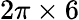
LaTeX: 2\pi\times 6